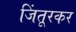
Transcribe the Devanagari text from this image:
जिंतूरकर